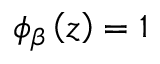
\phi _ { \beta } \left( z \right) = 1